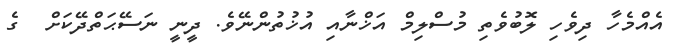
އެއްމެހާ ދިވެހި ލޮބުވެތި މުސްލިމް އަޚްނާއި އުޚުތުންނޭވެ. ދީނީ ނަސޭޙަތްދޭކަށް  ގެ